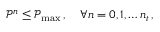
\mathcal P ^ { n } \le \mathcal P _ { \operatorname* { m a x } } \, , \quad \forall n = 0 , 1 , \hdots n _ { t } \, ,